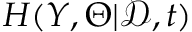
H ( Y , \Theta | \mathcal { D } , t )